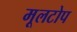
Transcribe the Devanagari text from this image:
मूलटोप